Source: Computer-generated
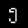
Digit: ၅ (5)